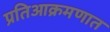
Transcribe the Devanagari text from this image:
प्रतिआक्रमणात